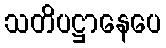
သတိပဋ္ဌာနေပေ